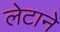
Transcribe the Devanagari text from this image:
लेटाने